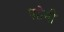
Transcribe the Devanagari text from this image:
पहेनी